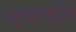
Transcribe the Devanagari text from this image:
व्कक्ति